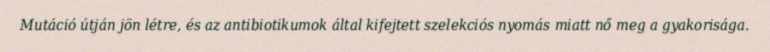
Mutáció útján jön létre, és az antibiotikumok által kifejtett szelekciós nyomás miatt nő meg a gyakorisága.